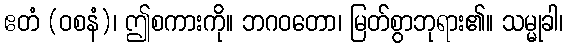
ဧတံ (ဝစနံ)၊ ဤစကားကို။ ဘဂဝတော၊ မြတ်စွာဘုရား၏။ သမ္မုခါ၊